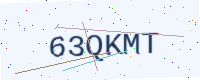
Text: 63QKMT